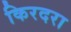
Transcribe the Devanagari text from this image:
किरदरा